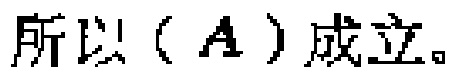
所以（\(A\)）成立。